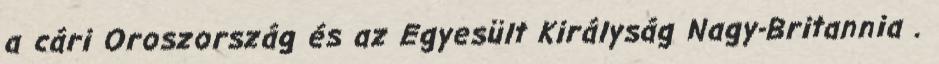
a cári Oroszország és az Egyesült Királyság Nagy-Britannia .